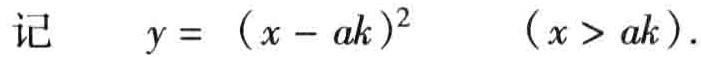
记 \[y=(x - ak)^2\quad(x > ak).\]